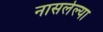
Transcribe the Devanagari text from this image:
नासलेल्या